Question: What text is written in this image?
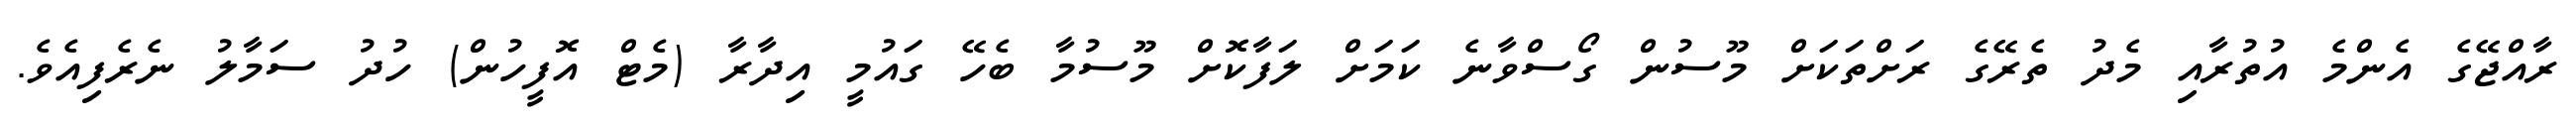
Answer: ރާއްޖޭގެ އެންމެ އުތުރާއި މެދު ތެރޭގެ ރަށްތަކަށް މޫސުން ގޯސްވާނެ ކަމަށް ލަފާކޮށް މޫސުމާ ބެހޭ ގައުމީ އިދާރާ (މެޓް އޮފީހުން) ހުދު ސަމާލު ނެރެފިއެވެ.